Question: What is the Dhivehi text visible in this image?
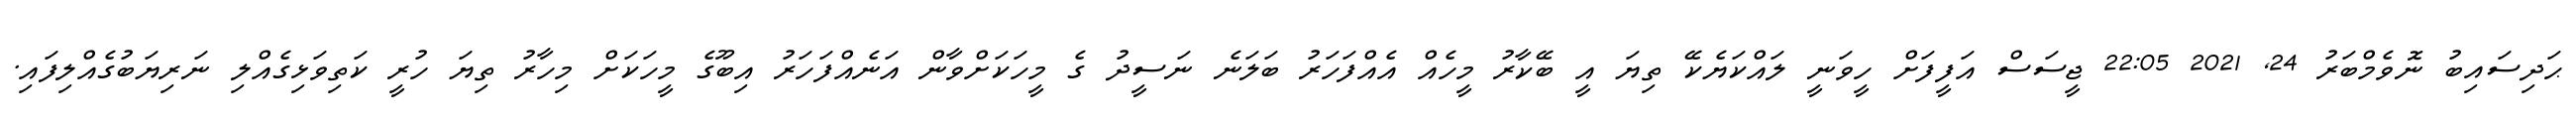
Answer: ޙަދިސައިބު ނޮވެމްބަރު 24, 2021 22:05 ޖީސަސް އަފީފަށް ހީވަނީ ލައްކަޔެކޭ ތިޔަ އީ ބޭކާރު މީހެއް އެއްފަހަރު ބަލަނެ ނަސީދު ގެ މީހަކަށްވާން އަނެއްފަހަރު އިބޫގެ މީހަކަށް މިހާރު ތިޔަ ހުރީ ކަތިވަޅިގެއްލި ނަރިޔަބުގެއްލިފައި.